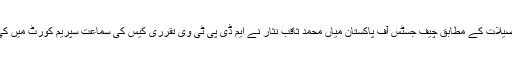
تفصیلات کے مطابق چیف جسٹس آف پاکستان میاں محمد ثاقب نثار نے ایم ڈی پی ٹی وی تقرری کیس کی سماعت سپریم کورٹ میں کی ۔